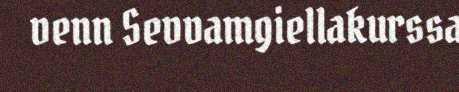
venn Sevvamgiellakurssa